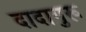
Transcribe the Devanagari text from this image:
दादागुरू